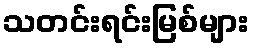
သတင်းရင်းမြစ်များ